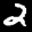
Label: 2